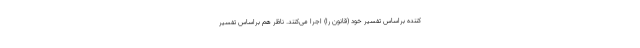
کننده براساس تفسیر خود (قانون را) اجرا می‌کنند. ناظر هم براساس تفسیر